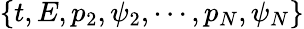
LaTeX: \{ t,E,p_{2},\psi_{2},\cdots,p_{N},\psi_{N}\}